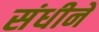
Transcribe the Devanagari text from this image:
संधीने